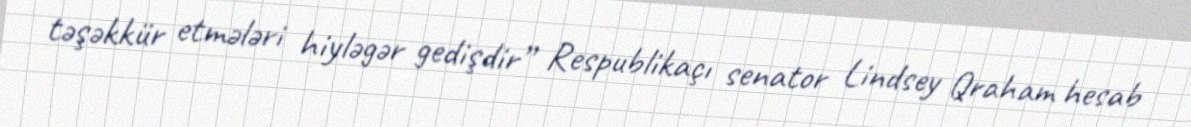
təşəkkür etmələri hiyləgər gedişdir” Respublikaçı senator Lindsey Qraham hesab